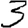
Digit: 3